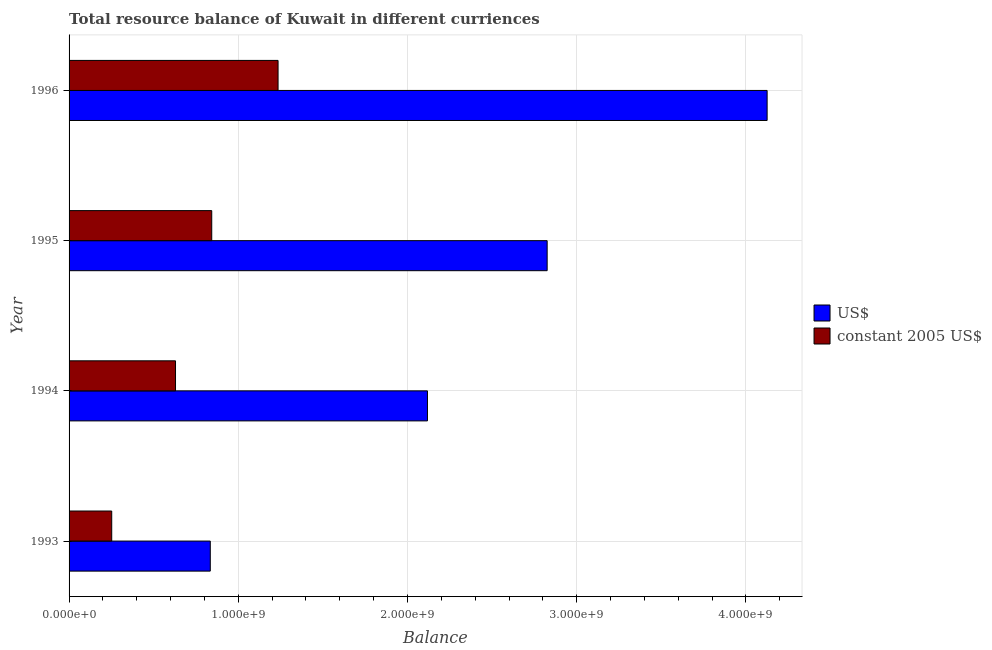
| Year | US$ | constant 2005 US$ |
 | --- | --- | --- |
 | 1993 | 8.34e+08 | 2.52e+08 |
 | 1994 | 2.12e+09 | 6.29e+08 |
 | 1995 | 2.83e+09 | 8.43e+08 |
 | 1996 | 4.12e+09 | 1.23e+09 |